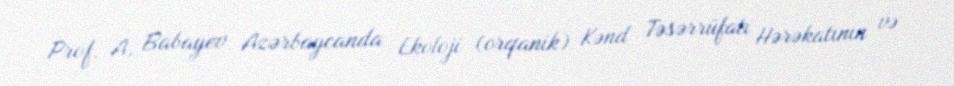
Prof. A. Babayev Azərbaycanda Ekoloji (orqanik) Kənd Təsərrüfatı Hərəkatının və